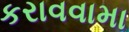
કરાવવામા